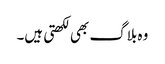
وہ بلاگ بھی لکھتی ہیں۔